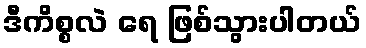
ဒီကိစ္စလဲ ရေ ဖြစ်သွားပါတယ်